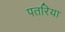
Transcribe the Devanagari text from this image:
पतरिया